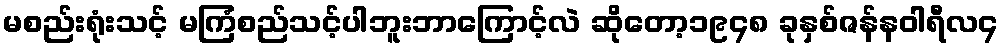
မစည်းရုံးသင့် မကြံစည်သင့်ပါဘူးဘာကြောင့်လဲ ဆိုတော့၁၉၄၈ ခုနှစ်ဇန်နဝါရီလ၄